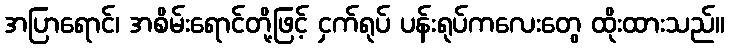
အပြာရောင်၊ အစိမ်းရောင်တို့ဖြင့် ငှက်ရုပ် ပန်းရုပ်ကလေးတွေ ထိုးထားသည်။